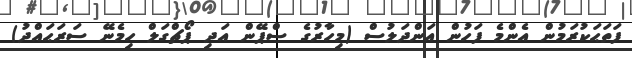
ފަތަޙަކުރަމުން އެންމެ ފަހުން އަންދަލުސް (މިހާރުގެ ސްޕޭން އަދި ޕޯޗްގަލް ހިމެނޭ ސަރަޙައްދު)